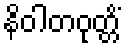
နိဝါတဝုတ္တိံ